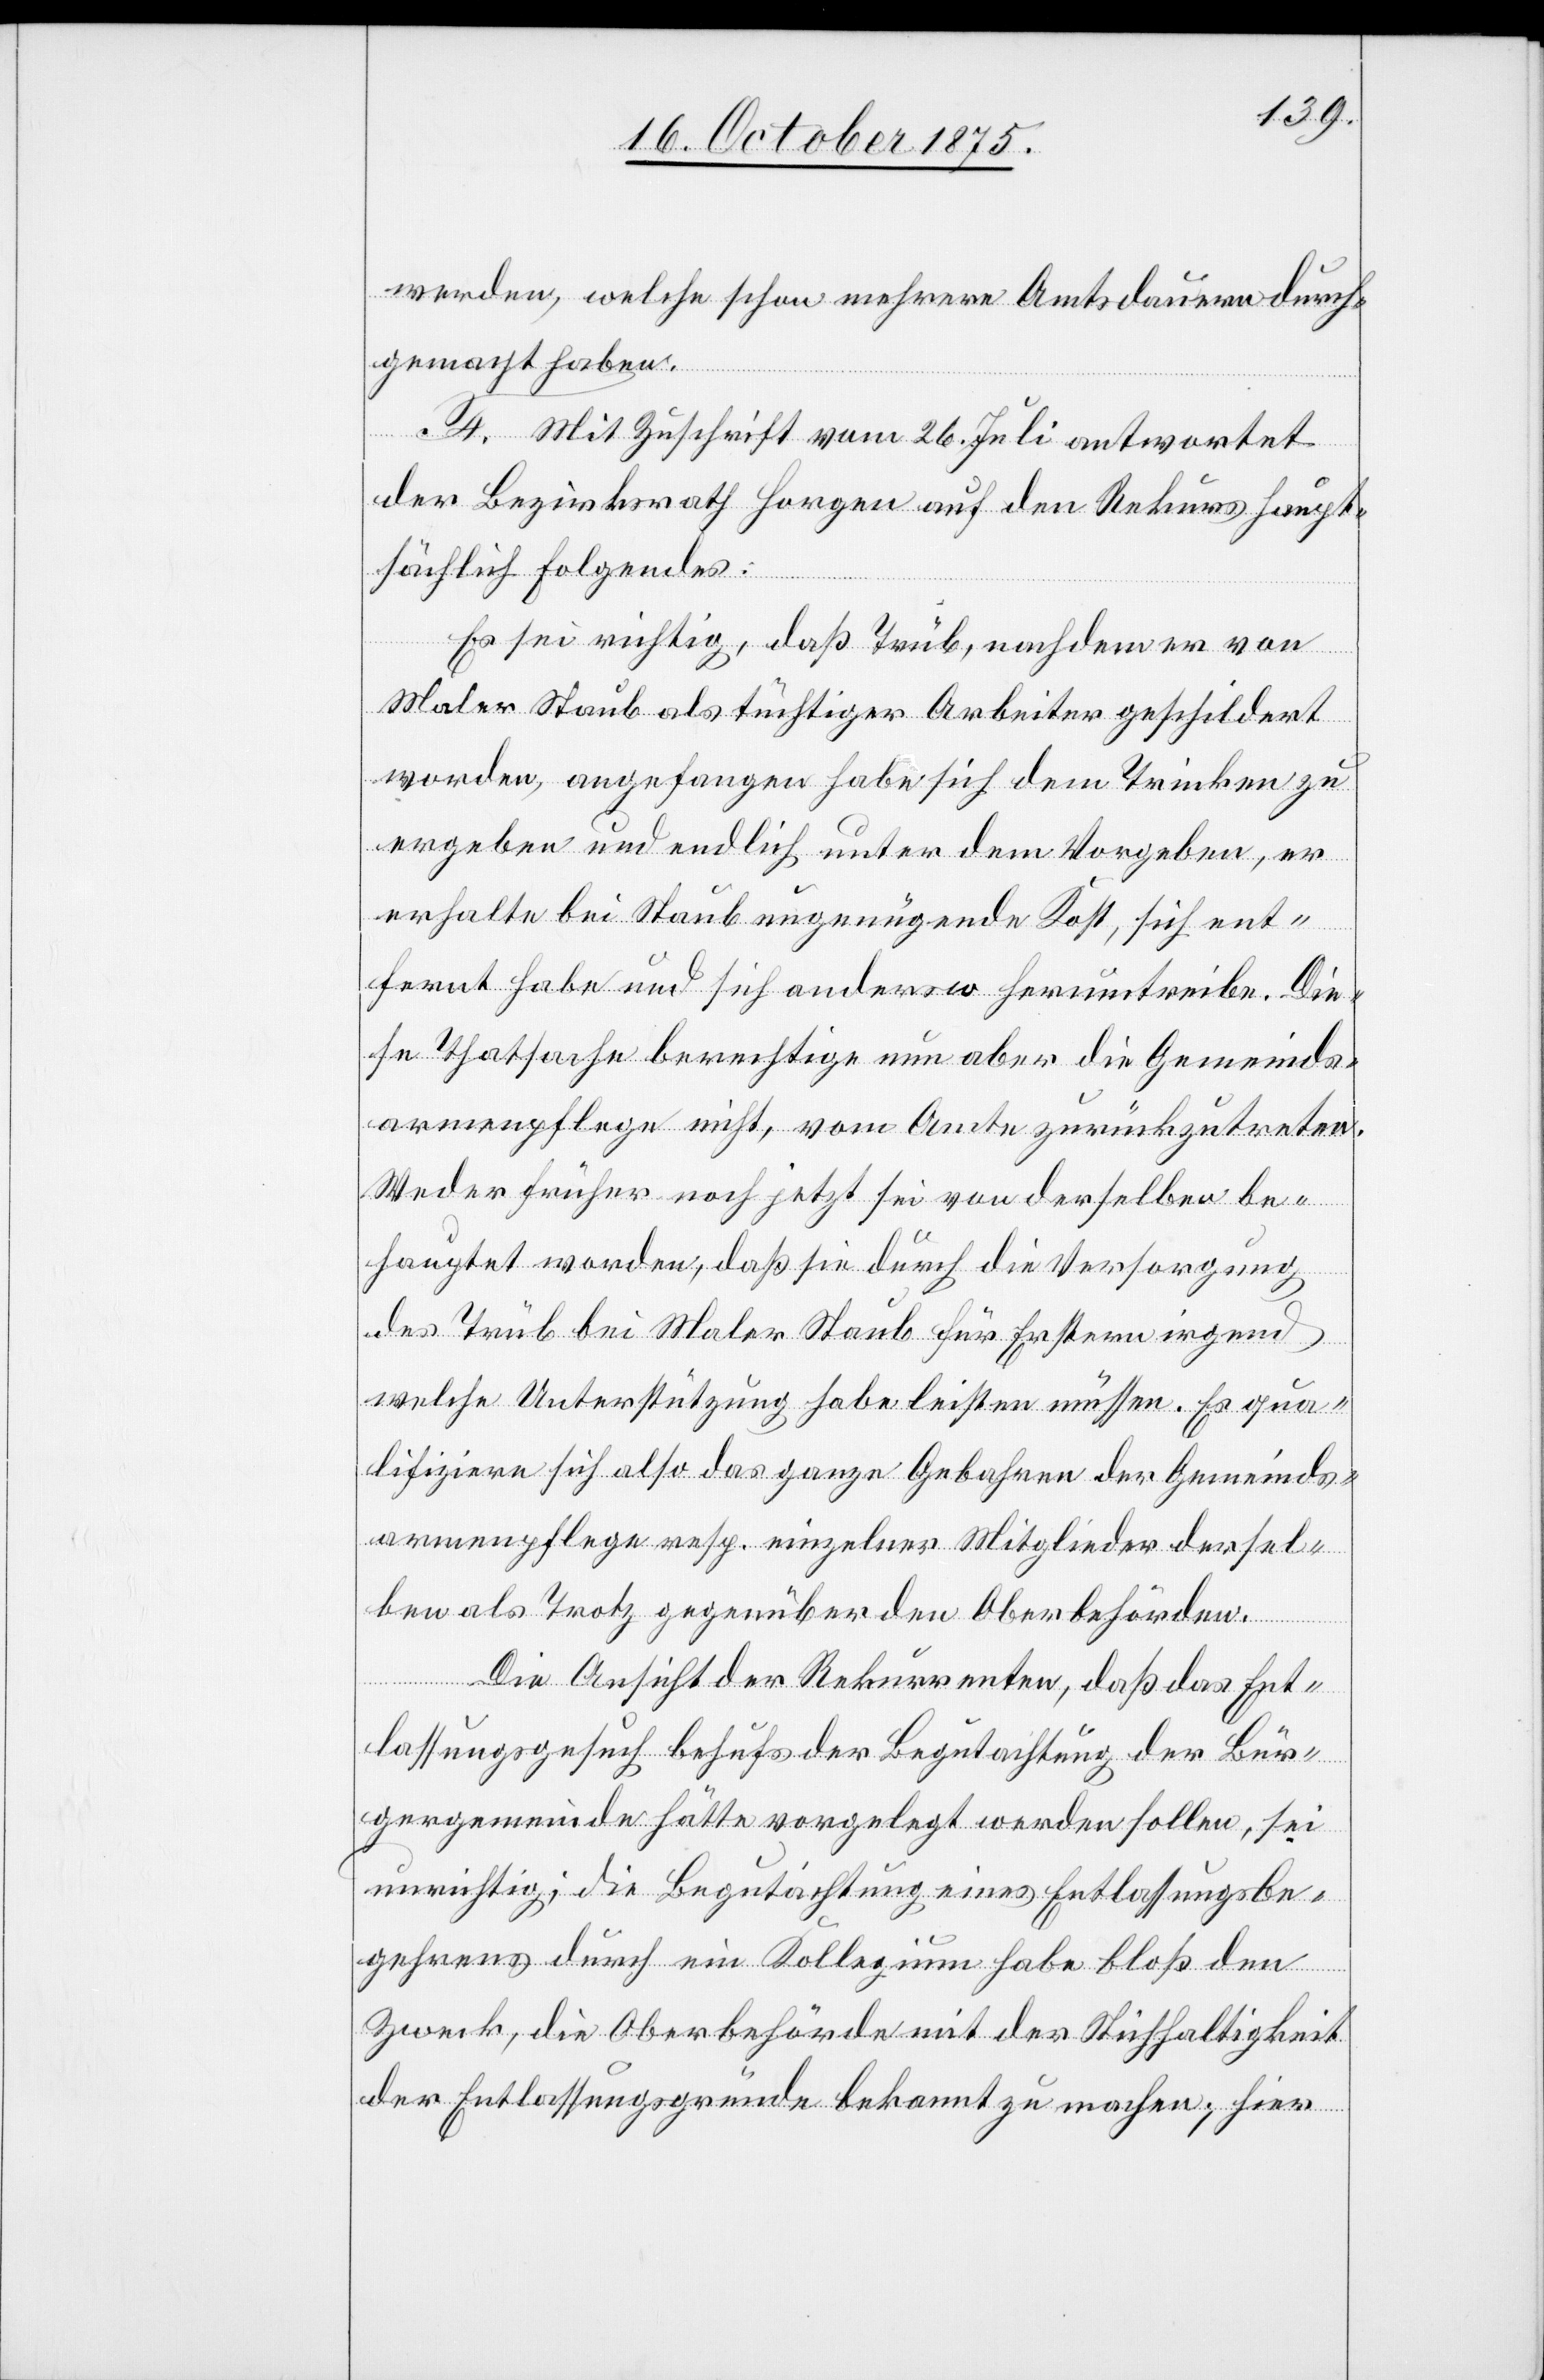
werden, welche schon mehrere Amtsdauern durch¬
gemacht haben.
F. Mit Zuschrift vom 26. Juli antwortet
der Bezirksrath Horgen auf den Rekurs haupt¬
sächlich Folgendes:
Es sei richtig, daß Trüb, nachdem er von
Maler Staub als tüchtiger Arbeiter geschildert
worden, angefangen habe sich dem Trinken zu
ergeben und endlich unter dem Vorgeben, er
erhalte bei Staub ungenügende Kost, sich ent¬
fernt habe und sich andersw[o] herumtreibe. Die¬
se Thatsache berechtige nun aber die Gemeinds¬
armenpflege nicht, vom Amte zurückzutreten.
Weder früher noch jetzt sei von derselben be¬
hauptet worden, daß sie durch die Versorgung
des Trüb bei Maler Staub für Erstern irgend
welche Unterstützung habe leisten müssen. Es qua¬
lifiziere sich also das ganze Gebahren der Gemeinds¬
armenpflege resp. einzelner Mitglieder dersel¬
ben als Trotz gegenüber den Oberbehörden.
Die Ansicht der Rekurrenten, daß das Ent¬
lassungsgesuch behufs der Begutachtung der Bür¬
gergemeinde hätte vorgelegt werden sollen, sei
unrichtig, die Begutachtung eines Entlassungsbe¬
gehrens durch ein Kollegium habe bloß den
Zweck, die Oberbehörde mit der Stichhaltigkeit
der Entlassungsgründe bekannt zu machen; hier